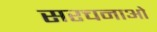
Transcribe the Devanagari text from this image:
सरचनाओ